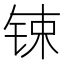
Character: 𨱈